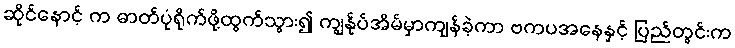
ဆိုင်နောင့် က ဓာတ်ပုံရိုက်ဖို့ထွက်သွား၍ ကျွန်ုပ်အိမ်မှာကျန်ခဲ့ကာ ဗကပအနေနှင့် ပြည်တွင်းက